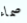
صماء